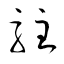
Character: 駐